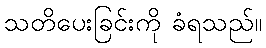
သတိပေးခြင်းကို ခံရသည်။